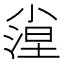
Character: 𡮛